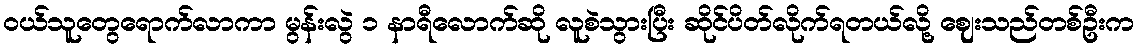
ဝယ်သူတွေရောက်လာကာ မွန်းလွဲ ၁ နာရီလောက်ဆို လူစဲသွားပြီး ဆိုင်ပိတ်လိုက်ရတယ်လို့ ဈေးသည်တစ်ဦးက